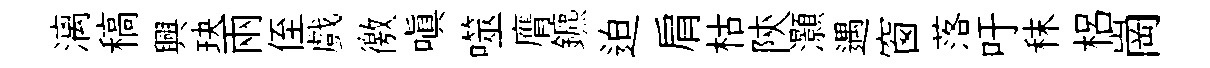
漓稿興玦兩侄戲徼嗔噬膺鑣迫肩枯陝灝遇窗落吁秣梠崗